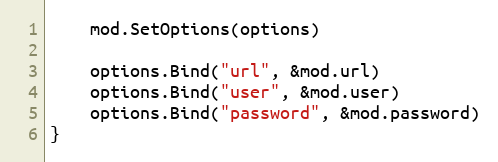
Language: Go
	mod.SetOptions(options)

	options.Bind("url", &mod.url)
	options.Bind("user", &mod.user)
	options.Bind("password", &mod.password)
}